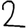
Digit: 2